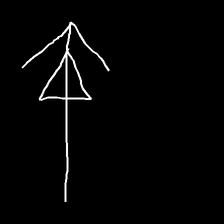
Glyph: pull